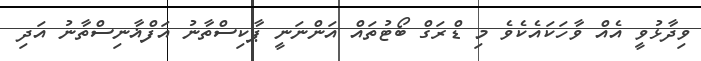
ވިދާޅުވީ އެއް ވާހަކައެެކެވެ މި ޑްރަގް ބޯޓުތައް އަންނަނީ ޕާކިސްތާނު އަފްޣާނިސްތާނު އަދި